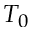
T _ { 0 }